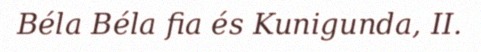
Béla Béla fia és Kunigunda, II.